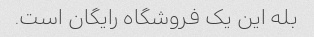
بله این یک فروشگاه رایگان است.